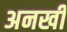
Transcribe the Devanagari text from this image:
अनखी